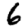
Digit: 6